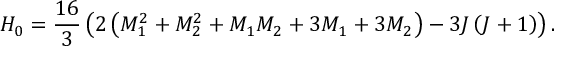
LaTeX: H _ { 0 } = { \frac { 1 6 } { 3 } } \left( 2 \left( M _ { 1 } ^ { 2 } + M _ { 2 } ^ { 2 } + M _ { 1 } M _ { 2 } + 3 M _ { 1 } + 3 M _ { 2 } \right) - 3 J \left( J + 1 \right) \right) .